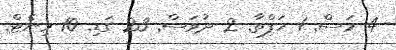
4 މަސް